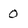
Character: 0